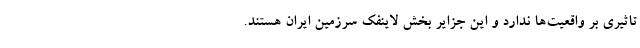
تاثیری بر واقعیت‌ها ندارد و این جزایر بخش لاینفک سرزمین ایران هستند.